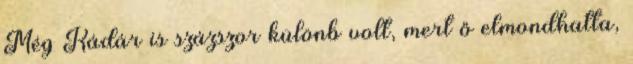
Még Kádár is százszor különb volt, mert ő elmondhatta,